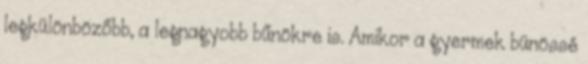
legkülönbözőbb, a legnagyobb bűnökre is. Amikor a gyermek bünössé